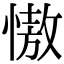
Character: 慠